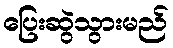
ပြေးဆွဲသွားမည်